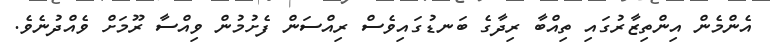
އެންމެން އިންތިޒާރުގައި ތިއްބާ ރިދާގެ ބަނޑުގައިވެސް ރިއްސަން ފެށުމުން ވިއްސާ ރޫމަށް ވެއްދުނެވެ.